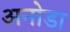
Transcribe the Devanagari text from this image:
अनोडा